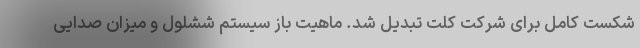
شکست کامل برای شرکت کلت تبدیل شد. ماهیت باز سیستم ششلول و میزان صدایی